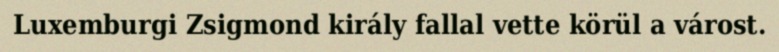
Luxemburgi Zsigmond király fallal vette körül a várost.